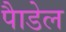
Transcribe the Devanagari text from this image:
पैाडेल